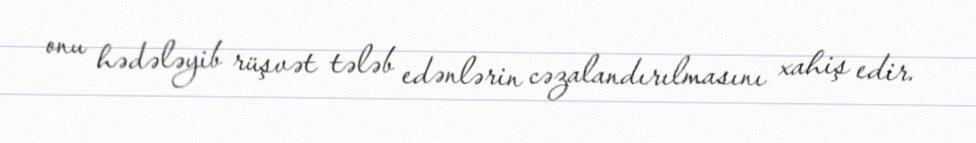
onu hədələyib rüşvət tələb edənlərin cəzalandırılmasını xahiş edir.